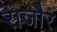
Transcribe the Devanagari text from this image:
राजौर